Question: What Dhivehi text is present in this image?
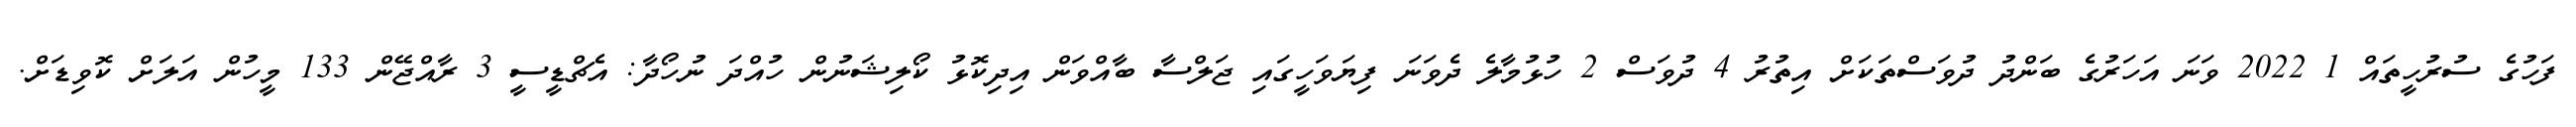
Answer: ފަހުގެ ސުރުހީތައް 1 2022 ވަނަ އަހަރުގެ ބަންދު ދުވަސްތަކަށް އިތުރު 4 ދުވަސް 2 ހުޅުމާލެ ދެވަނަ ފިޔަވަހީގައި ޖަލްސާ ބާއްވަން އިދިކޮޅު ކޯލިޝަނުން ހުއްދަ ނުހޯދާ: އެޗްޑީސީ 3 ރާއްޖޭން 133 މީހުން އަލަށް ކޮވިޑަށް.